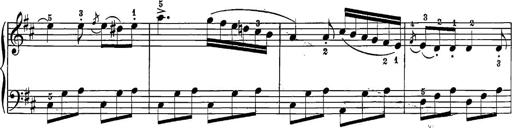
Title: 12 Sonatine per Pianoforte
Composer: Friedrich Kuhlau